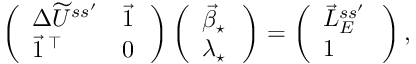
\begin{array} { r } { \left( \begin{array} { l l } { \Delta \widetilde U ^ { s s ^ { \prime } } } & { \vec { 1 } \, } \\ { \vec { 1 } \, ^ { \intercal } } & { 0 \, } \end{array} \right) \left( \begin{array} { l } { \vec { \beta } _ { \star } \, } \\ { \lambda _ { \star } \, } \end{array} \right) = \left( \begin{array} { l } { \vec { L } _ { E } ^ { s s ^ { \prime } } \, } \\ { 1 } \end{array} \right) , } \end{array}